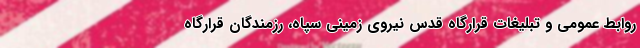
روابط عمومی و تبلیغات قرارگاه قدس نیروی زمینی سپاه، رزمندگان قرارگاه